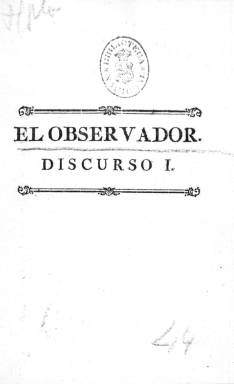
Título: El Observador (Madrid. 1787)
Colección: Revistas de información general
Ámbito geográfico: Madrid
Lugar de publicación: Madrid
Fechas: 01/01/1787-31/12/1787